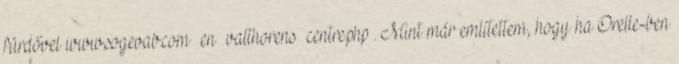
fürdővel www.sogevab.com en valthorens centre.php . Mint már említettem, hogy ha Orelle-ben